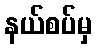
နယ်စပ်မှ